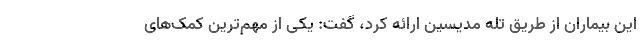
این بیماران از طریق تله مدیسین ارائه کرد، گفت: یکی از مهم‌ترین کمک‌های